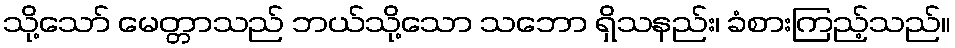
သို့သော် မေတ္တာသည် ဘယ်သို့သော သဘော ရှိသနည်း၊ ခံစားကြည့်သည်။